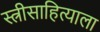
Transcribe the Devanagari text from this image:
स्त्रीसाहित्याला